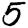
Digit: 5